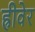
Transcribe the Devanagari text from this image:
ह्रीवेर